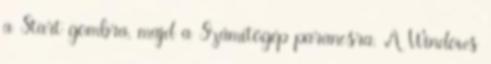
a Start gombra, majd a Számítógép parancsra. A Windows